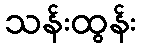
သန်းထွန်း